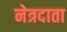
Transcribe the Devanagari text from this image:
नेत्रदाता